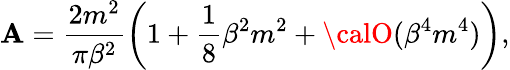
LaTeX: \mathbf{A}=\frac{{2m^{2}}}{{\pi\beta^{2}}}\left(1+\frac{{1}}{{8}}\beta^{2}m^{2}+{\calO}(\beta^{4}m^{4})\right),